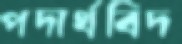
পদার্থবিদ